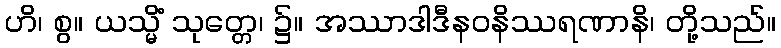
ဟိ၊ စွ။ ယသ္မိံ သုတ္တေ၊ ၌။ အဿာဒါဒီနဝနိဿရဏာနိ၊ တို့သည်။